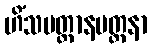
ဟိံသမတ္တာနမတ္တနာ